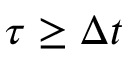
\tau \geq \Delta t